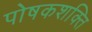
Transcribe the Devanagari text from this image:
पोषकशक्ति